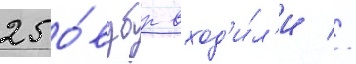
25 о́вдбр вход'и́л'и //